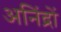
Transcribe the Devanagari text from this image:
अनिंद्रों